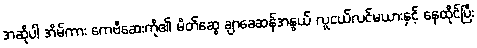
အဆိုပါ အိမ်ကား ကေဗီဆေးကို၏ မိတ်ဆွေ ချာခေဆန်အနွယ် လူငယ်လင်မယားနှင့် နေထိုင်ပြီး